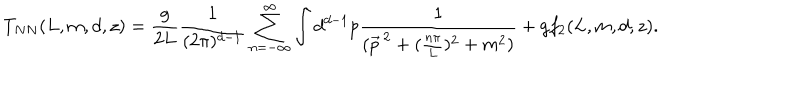
T _ { N N } ( L , m , d , z ) = \frac { g } { 2 L } \frac { 1 } { ( 2 \pi ) ^ { d - 1 } } \sum _ { n = - \infty } ^ { \infty } \int d ^ { d - 1 } p \frac { 1 } { ( \vec { p } ^ { \, 2 } + ( \frac { n \pi } { L } ) ^ { 2 } + m ^ { 2 } ) } + g f _ { 2 } ( L , m , d , z ) .